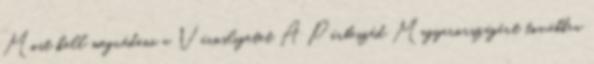
Most kell megvédeni a Városligetet A Párbeszéd Magyarországért továbbra